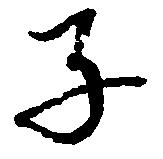
子